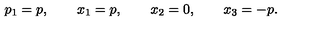
p _ { 1 } = p , \qquad x _ { 1 } = p , \qquad x _ { 2 } = 0 , \qquad x _ { 3 } = - p .